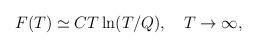
LaTeX: \begin{align*}F(T)\simeq CT\ln (T/Q), \quad T\to \infty,\end{align*}